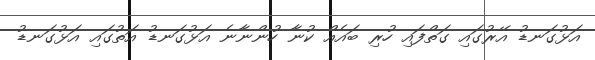
އަޅުގަނޑު އޭރުގައި ގަތްފައި ހުރި ބައެއް ކުނާ ހުންނާނެ އަޅުގަނޑު އަތުގައި އަޅުގަނޑު